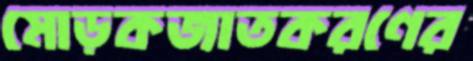
মোড়কজাতকরণের